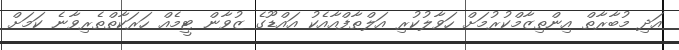
އަދި މުބާރާތް އިންތިޒާމްކުރުމަށް ހަވާލުކުރި އަލްޠާފްއާއެކު އައްޑޫގެ ޒުވާން ޓީމެއް ހަރަކާތްތެރިވާނެ ކަމަށް